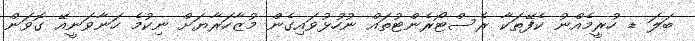
ބަލަ ޑ ހުރީމެއްނު ކެފޭތަކާ ރެސްޓޯރެންޓުތައް ނުހުޅުވައިގެން މުޒާހަރާޔަށް ނިކުމެ ހަނާވަނީއޭ ގޮވަން